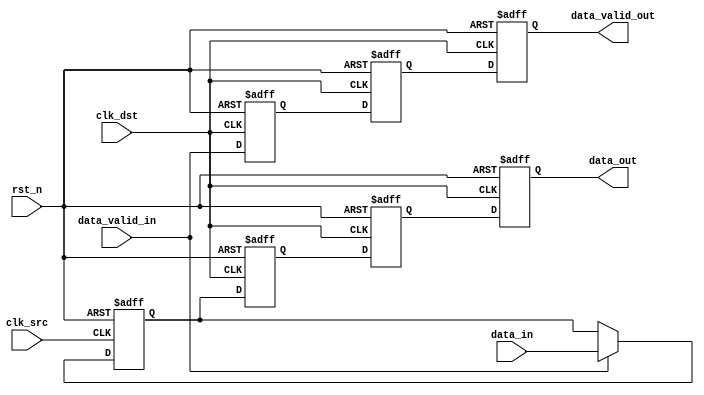
module MemoryBlocksPipelineSynchronizer #(
    parameter DATA_WIDTH = 8,       // Width of the data
    parameter PIPELINE_STAGES = 2   // Number of pipeline stages in dest clock domain
)(
    input  wire clk_src,            // Source clock
    input  wire clk_dst,            // Destination clock
    input  wire rst_n,              // Asynchronous reset (active low)
    input  wire [DATA_WIDTH-1:0] data_in,   // Data input from source clock domain
    input  wire data_valid_in,      // Valid signal for input data
    output reg [DATA_WIDTH-1:0] data_out, // Synchronized data output
    output reg data_valid_out       // Valid signal for output data
);

    // Internal registers for synchronization
    reg [DATA_WIDTH-1:0] data_sync[0:PIPELINE_STAGES-1];
    reg data_valid_sync[0:PIPELINE_STAGES-1];

    // Capture data from source clock domain
    reg [DATA_WIDTH-1:0] data_capture;

    // On the rising edge of the source clock, capture the input data
    always @(posedge clk_src or negedge rst_n) begin
        if (~rst_n) begin
            data_capture <= {DATA_WIDTH{1'b0}};
        end else if (data_valid_in) begin
            data_capture <= data_in; // Capture data if valid
        end
    end

    // Pipeline synchronization to destination clock domain
    integer i;
    always @(posedge clk_dst or negedge rst_n) begin
        if (~rst_n) begin
            // Reset synchronized data and valid signals
            for (i = 0; i < PIPELINE_STAGES; i = i + 1) begin
                data_sync[i] <= {DATA_WIDTH{1'b0}};
                data_valid_sync[i] <= 1'b0;
            end
            data_out <= {DATA_WIDTH{1'b0}};
            data_valid_out <= 1'b0;
        end else begin
            // Shift data and valid signals through the pipeline
            data_sync[0] <= data_capture;
            data_valid_sync[0] <= data_valid_in;

            for (i = 1; i < PIPELINE_STAGES; i = i + 1) begin
                data_sync[i] <= data_sync[i-1];
                data_valid_sync[i] <= data_valid_sync[i-1];
            end

            // Output the data and valid signal from the last stage
            data_out <= data_sync[PIPELINE_STAGES-1];
            data_valid_out <= data_valid_sync[PIPELINE_STAGES-1];
        end
    end

endmodule